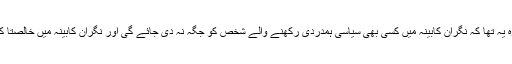
نگران وزیر اعظم جسٹس (ر) ناصر المک نے نگران وزیر اعظم بنتے ہی جو اہم فیصلہ کیا وہ یہ تھا کہ نگران کابینہ میں کسی بھی سیاسی ہمدردی رکھنے والے شخص کو جگہ نہ دی جائے گی اور نگران کابینہ میں خالصتا کاروباری اور اپنے شعبے کے ماہر بالخصوص سابقہ بیورکریٹس اور جج صاحبان ہوں گے ۔